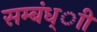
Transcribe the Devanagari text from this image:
सम्बंध्ाी